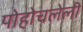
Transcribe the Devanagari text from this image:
पोहोचलेली